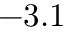
- 3 . 1